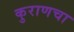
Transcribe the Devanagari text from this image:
कुराणचा